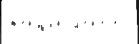
же́нщин м'е́н'еjе